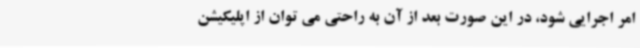
امر اجرایی شود، در این صورت بعد از آن به راحتی می توان از اپلیکیشن